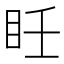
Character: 𥄮